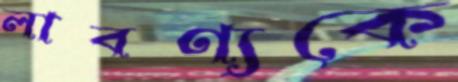
লাবণ্যকে